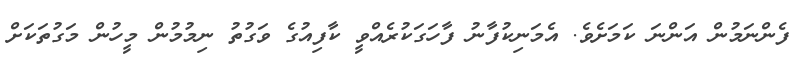
ފެންނަމުން އަންނަ ކަމަށެވެ. އެމަނިކުފާނު ފާހަގަކުރެއްވީ ކާފިއުގެ ވަގުތު ނިމުމުން މީހުން މަގުތަކަށް